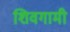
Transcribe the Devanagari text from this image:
शिवगामी